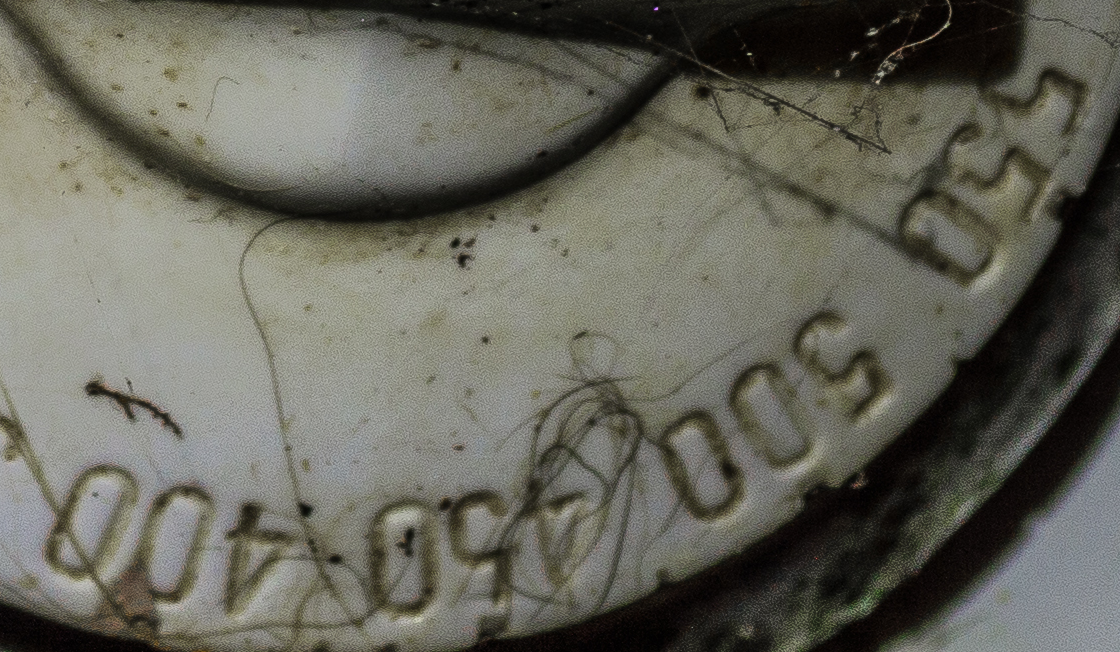
550 500 450 400